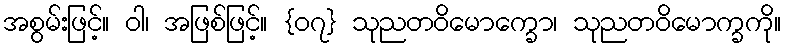
အစွမ်းဖြင့်။ ဝါ၊ အဖြစ်ဖြင့်။ {၀၇} သုညတဝိမောက္ခော၊ သုညတဝိမောက္ခကို။